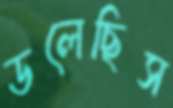
ডলেছিস